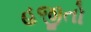
હજીતો